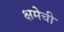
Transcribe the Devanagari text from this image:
क्षमेची